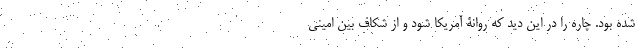
شده بود. چاره را در این دید که روانۀ آمریکا شود و از شکاف بین امینی